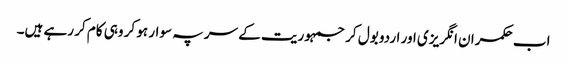
اب حکمران انگریزی اور اردو بول کر جمہوریت کے سر پہ سوار ہو کر وہی کام کر رہے ہیں۔